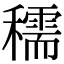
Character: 穤